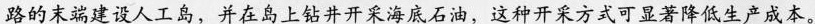
路的末端建设人工岛，并在岛上钻井开采海底石油，这种开采方式可显著降低生产成本。